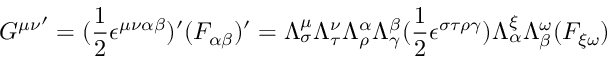
{ G ^ { \mu \nu } } ^ { \prime } = ( \frac { 1 } { 2 } \epsilon ^ { \mu \nu \alpha \beta } ) ^ { \prime } ( F _ { \alpha \beta } ) ^ { \prime } = \Lambda _ { \sigma } ^ { \mu } \Lambda _ { \tau } ^ { \nu } \Lambda _ { \rho } ^ { \alpha } \Lambda _ { \gamma } ^ { \beta } ( \frac { 1 } { 2 } \epsilon ^ { \sigma \tau \rho \gamma } ) \Lambda _ { \alpha } ^ { \xi } \Lambda _ { \beta } ^ { \omega } ( F _ { \xi \omega } )